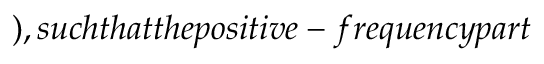
) , s u c h t h a t t h e p o s i t i v e - f r e q u e n c y p a r t